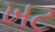
ખટ